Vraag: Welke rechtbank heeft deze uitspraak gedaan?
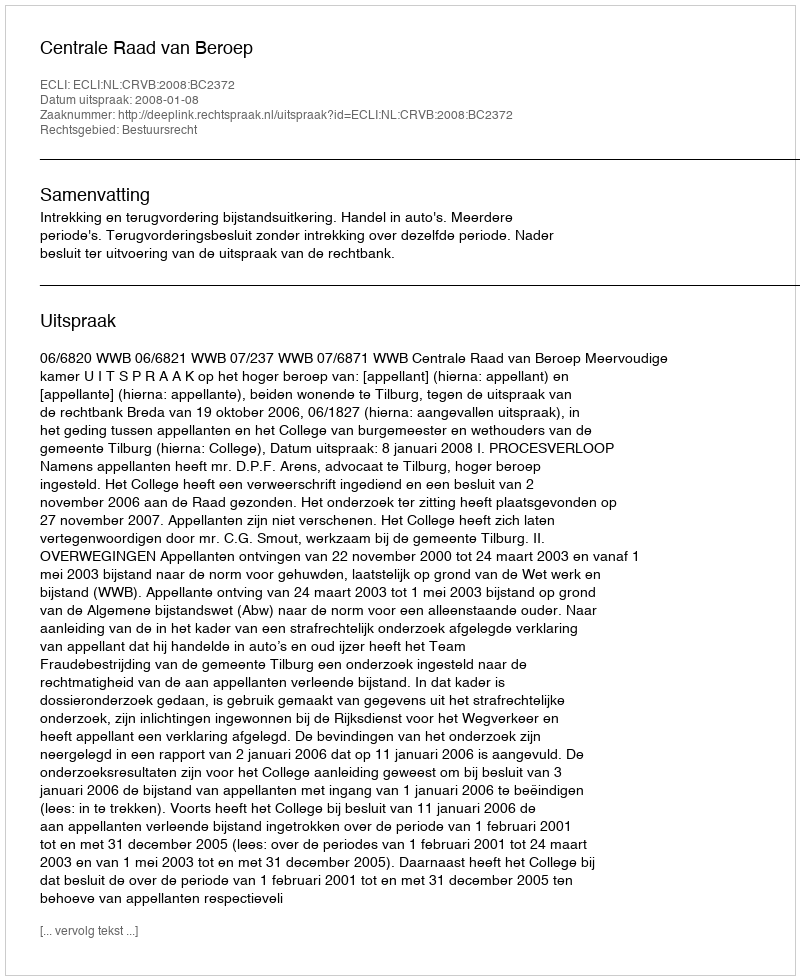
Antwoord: Centrale Raad van Beroep